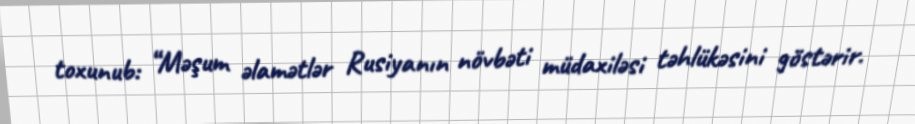
toxunub: “Məşum əlamətlər Rusiyanın növbəti müdaxiləsi təhlükəsini göstərir.